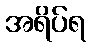
အရိပ်ရ